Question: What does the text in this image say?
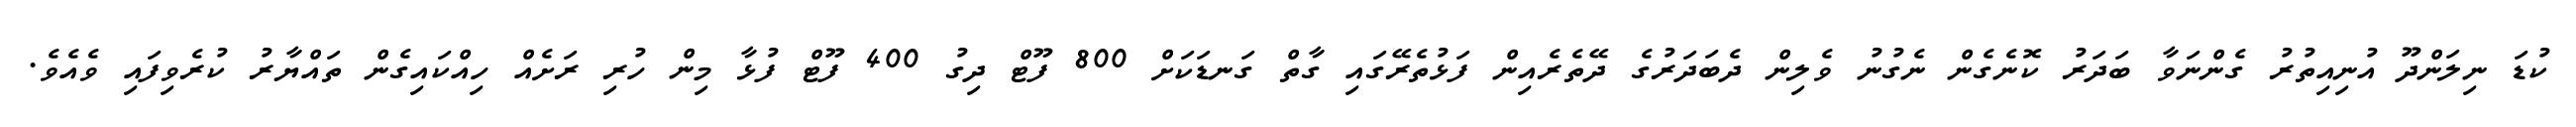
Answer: ކުޑަ ނިލަންދޫ އުނިއިތުރު ގެންނަވާ ބަދަރު ކޮނެގެން ނެގުނު ވެލިން ދެބަދަރުގެ ދޭތެރެއިން ފަޅުތެރޭގައި ގާތް ގަނޑަކަށް 800 ފޫޓް ދިގު 400 ފޫޓް ފުޅާ މިން ހުރި ރަށެއް ހިއްކައިގެން ތައްޔާރު ކުރެވިފައި ވެއެވެ.